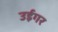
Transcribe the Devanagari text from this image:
उईगर